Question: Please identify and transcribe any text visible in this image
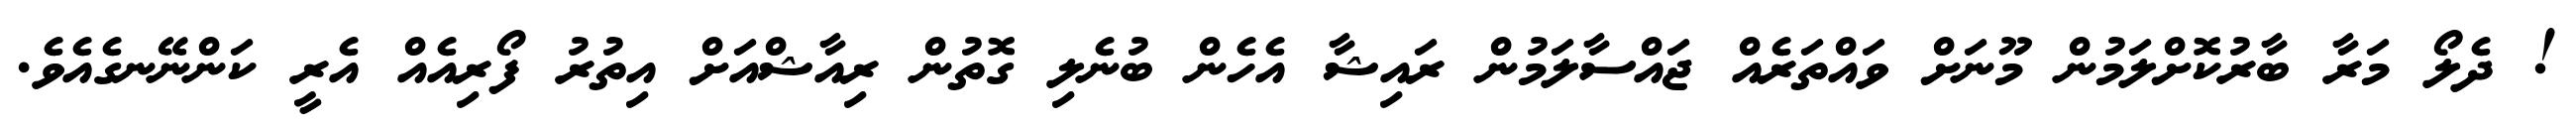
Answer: ! ދެލޯ މަރާ ބާރުކޮށްލަމުން މޫނަށް ވައްތަރެއް ޖައްސާލަމުން ރައިޝާ އެހެން ބުނެލި ގޮތުން ރިއާޝްއަށް އިތުރު ފޯރިއެއް އެރީ ކަންނޭނގެއެވެ.